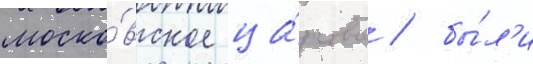
моско́вское ца́рство / бы́л'и